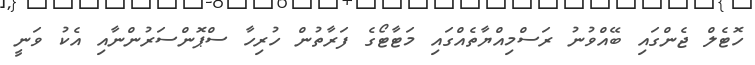
ހޮޓެލް ޖެންގައި ބޭއްވުނު ރަސްމިއްޔާތެއްގައި މަޓާޓޯގެ ފަރާތުން ހުރިހާ ސްޕޮންސަރުންނާއި އެކު ވަނީ